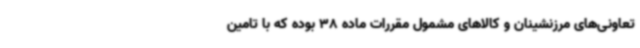
تعاونی‌های مرزنشینان و کالاهای مشمول مقررات ماده 38 بوده که با تامین